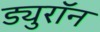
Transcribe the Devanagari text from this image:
ड्युरॉन